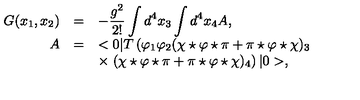
\begin{array} { r c l } { G ( x _ { 1 } , x _ { 2 } ) } & { = } & { \displaystyle - \frac { g ^ { 2 } } { 2 ! } \int d ^ { 4 } x _ { 3 } \int d ^ { 4 } x _ { 4 } A , } \\ { A } & { = } & { \displaystyle < 0 | T \left( \varphi _ { 1 } \varphi _ { 2 } ( \chi \star \varphi \star \pi + \pi \star \varphi \star \chi ) _ { 3 } \right. } \\ { } & { } & { \displaystyle \times \left. ( \chi \star \varphi \star \pi + \pi \star \varphi \star \chi ) _ { 4 } \right) | 0 > , } \\ \end{array}